Notes on vaccination in the North-West Frontier Province 1923-1928 - 1923-1928
Year: 1923
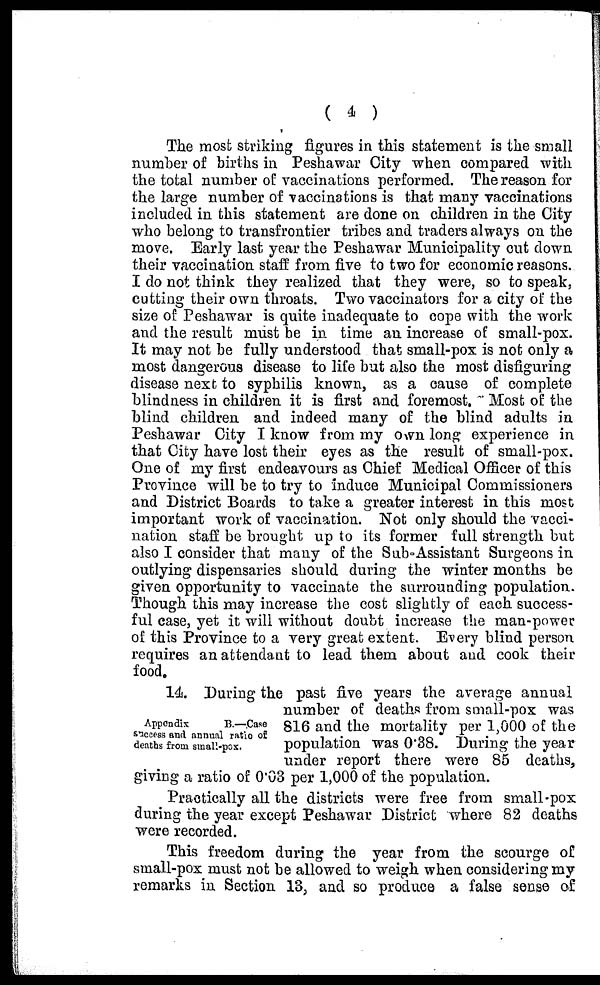
( 4 )
The most striking figures in this statement is the small
number of births in Peshawar City when compared with
the total number of vaccinations performed. The reason for
the large number of vaccinations is that many vaccinations
included in this statement are done on children in the City
who belong to transfrontier tribes and traders always on the
move. Early last year the Peshawar Municipality cut down
their vaccination staff from five to two for economic reasons.
I do not think they realized that they were, so to speak,
cutting their own throats. Two vaccinators for a city of the
size of Peshawar is quite inadequate to cope with the work
and the result must be in time an increase of small-pox.
It may not be fully understood that small-pox is not only a
most dangerous disease to life but also the most disfiguring
disease next to syphilis known, as a cause of complete
blindness in children it is first and foremost. Most of the
blind children and indeed many of the blind adults in
Peshawar City I know from my own long experience in
that City have lost their eyes as the result of small-pox.
One of my first endeavours as Chief Medical Officer of this
Province will be to try to induce Municipal Commissioners
and District Boards to take a greater interest in this most
important work of vaccination. Not only should the vacci-
nation staff be brought up to its former full strength but
also I consider that many of the Sub Assistant Surgeons in
outlying dispensaries should during the winter months be
given opportunity to vaccinate the surrounding population.
Though this may increase the cost slightly of each success-
ful case, yet it will without doubt increase the man-power
of this Province to a very great extent. Every blind person
requires an attendant to lead them about and cook their
food.
Appendix
B.—Case
success and annual ratio of
deaths from small-pox.
14. During the past five years the average annual
number of deaths from small-pox was
816 and the mortality per 1,000 of the
population was 0.38. During the year
under report there were 85 deaths,
giving a ratio of 0.03 per 1,000 of the population.
Practically all the districts were free from small-pox
during the year except Peshawar District where 82 deaths
were recorded.
This freedom during the year from the scourge of
small-pox must not be allowed to weigh when considering my
remarks in Section 13, and so produce a false sense of